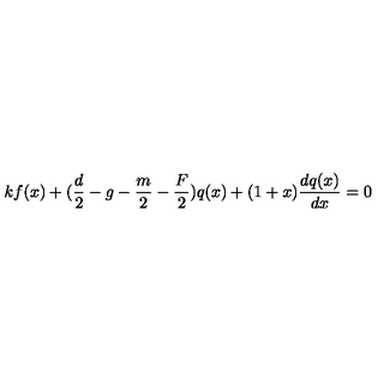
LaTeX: k f ( x ) + ( \frac d 2 - g - \frac m 2 - \frac F 2 ) q ( x ) + ( 1 + x ) \frac { d q ( x ) } { d x } = 0